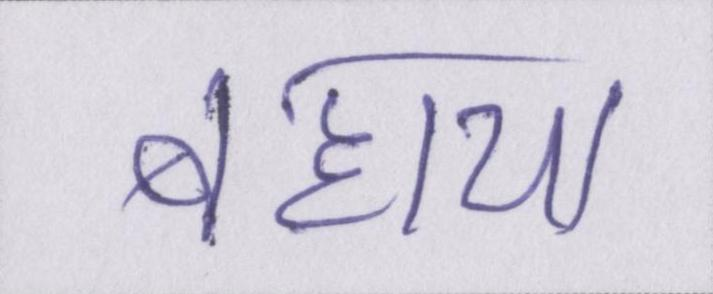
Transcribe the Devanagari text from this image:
बहाया